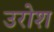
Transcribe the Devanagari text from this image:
उरोश